Lunatic asylums Punjab 1895-1910 - 1895-1910
Year: 1895
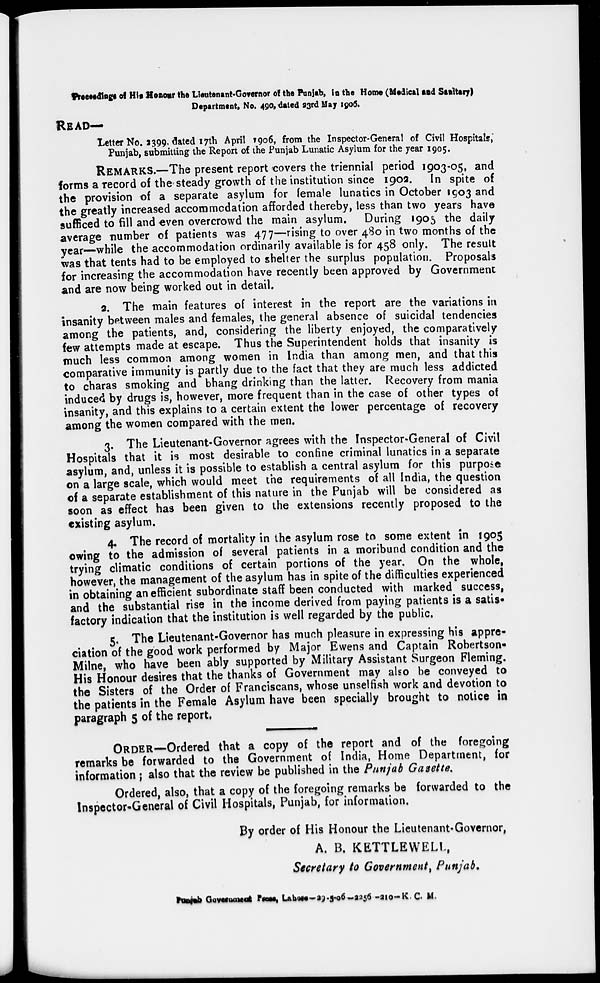
Preceeding of His Honour the Lieutenant-Governor of the Punjab, in the Home (Medical and Sanitary)
Department, No. 490, dated 23rd May 1906.
READ—
Letter No. 2399 dated 17th April 1906, from the Inspector-General of Civil Hospitals;
Punjab, submitting the Report of the Punjab Lunatic Asylum for the year 1905.
REMARKS.—The present report covers the triennial period 1903-05, and
forms a record of the steady growth of the institution since 1902. In spite of
the provision of a separate asylum for female lunatics in October 1903 and
the greatly increased accommodation afforded thereby, less than two years have
sufficed to fill and even overcrowd the main asylum. During 1905 the daily
average number of patients was 477—rising to over 480 in two months of the
year—while the accommodation ordinarily available is for 458 only. The result
was that tents had to be employed to shelter the surplus population. Proposals
for increasing the accommodation have recently been approved by Government
and are now being worked out in detail.
2. The main features of interest in the report are the variations in
insanity between males and females, the general absence of suicidal tendencies
among the patients, and, considering the liberty enjoyed, the comparatively
few attempts made at escape. Thus the Superintendent holds that insanity is
much less common among women in India than among men, and that this
comparative immunity is partly due to the fact that they are much less addicted
to charas smoking and bhang drinking than the latter. Recovery from mania
induced by drugs is, however, more frequent than in the case of other types of
insanity, and this explains to a certain extent the lower percentage of recovery
among the women compared with the men.
3. The Lieutenant-Governor agrees with the Inspector-General of Civil
Hospitals that it is most desirable to confine criminal lunatics in a separate
asylum, and, unless it is possible to establish a central asylum for this purpose
on a large scale, which would meet the requirements of all India, the question
of a separate establishment of this nature in the Punjab will be considered as
soon as effect has been given to the extensions recently proposed to the
existing asylum.
4. The record of mortality in the asylum rose to some extent in 1905
owing to the admission of several patients in a moribund condition and the
trying climatic conditions of certain portions of the year. On the whole,
however, the management of the asylum has in spite of the difficulties experienced
in obtaining an efficient subordinate staff been conducted with marked success,
and the substantial rise in the income derived from paying patients is a satis.
factory indication that the institution is well regarded by the public.
5. The Lieutenant-Governor has much pleasure in expressing his appre-
ciation of the good work performed by Major Ewens and Captain Robertson-
Milne, who have been ably supported by Military Assistant Surgeon Fleming.
His Honour desires that the thanks of Government may also be conveyed to
the Sisters of the Order of Franciscans, whose unselfish work and devotion to
the patients in the Female Asylum have been specially brought to notice in
paragraph 5 of the report.
ORDER—Ordered that a copy of the report and of the foregoing
remarks be forwarded to the Government of India, Home Department, for
information ; also that the review be published in the Punjab Gazette.
Ordered, also, that a copy of the foregoing remarks be forwarded to the
Inspector-General of Civil Hospitals, Punjab, for information.
By order of His Honour the Lieutenant-Governor,
A. B. KETTLEWELL,
Secretary to Government, Punjab.
Punjab Government Press, Lahore —29-5-06-2256 -210-K. C. M.